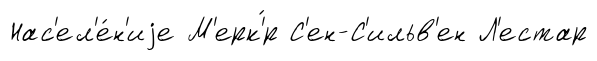
Нас'ел'е́н'иjе М'ерк'́р С'ен-С'ильв'ен Л'естар